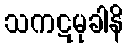
သကဋမုခါနိ